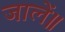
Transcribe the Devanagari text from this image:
जालें॥